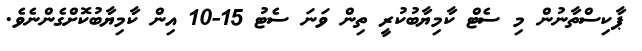
ޕާކިސްތާނުން މި ސެޓް ކާމިޔާބުކުރީ ތިން ވަނަ ސެޓު 15-10 އިން ކާމިޔާބުކޮށްގެންނެވެ.